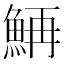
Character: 𲌴